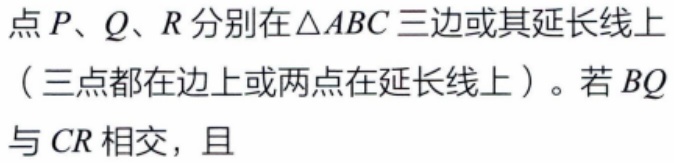
点\(P、Q、R\)分别在\(\triangle ABC\)三边或其延长线上（三点都在边上或两点在延长线上）。若\(BQ\)与\(CR\)相交，且